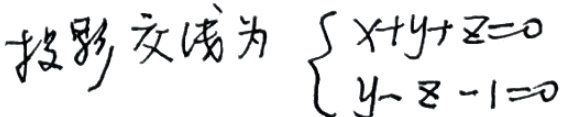
投影交线为\(\begin{cases}x + y + z = 0 \\ y - z - 1 = 0\end{cases}\)